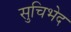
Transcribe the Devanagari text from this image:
सुचिभेद